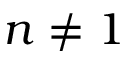
n \ne 1